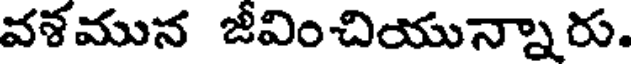
వళమున జీవించియున్నారు.